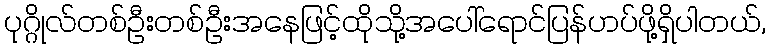
ပုဂ္ဂိုလ်တစ်ဦးတစ်ဦးအနေဖြင့်ထိုသို့အပေါ်ရောင်ပြန်ဟပ်ဖို့ရှိပါတယ်,